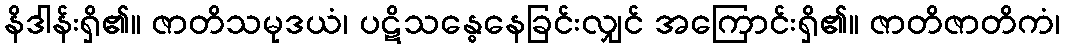
နိဒါန်းရှိ၏။ ဇာတိသမုဒယံ၊ ပဋိသန္ဓေနေခြင်းလျှင် အကြောင်းရှိ၏။ ဇာတိဇာတိကံ၊